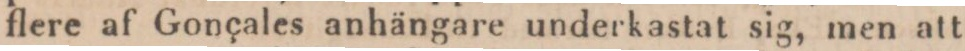
flere af Gonçales anhängare underkastat sig, men att